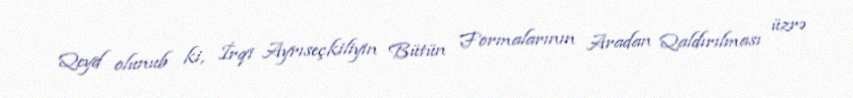
Qeyd olunub ki, İrqi Ayrıseçkiliyin Bütün Formalarının Aradan Qaldırılması üzrə